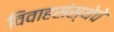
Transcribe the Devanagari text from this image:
विवाहसंस्थेचे